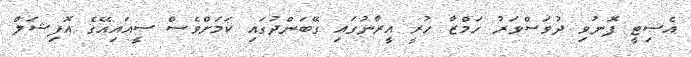
އެސިޓީ ފޮނުވި ދުވަސްވަރު ހަމްޒާ ހުރީ އީރާނުގައި ގޭބަންދުގައި ކަމަށްވެސް ސީއައިއޭގެ އޮފިޝަލް